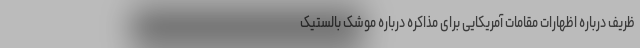
ظریف درباره اظهارات مقامات آمریکایی برای مذاکره درباره موشک بالستیک